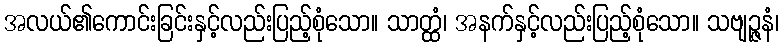
အလယ်၏ကောင်းခြင်းနှင့်လည်းပြည့်စုံသော။ သာတ္ထံ၊ အနက်နှင့်လည်းပြည့်စုံသော။ သဗျဉ္ဇနံ၊